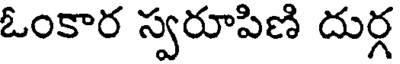
ఓంకార స్వరూపిణి దుర్గ